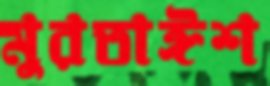
মুরতাঈশ